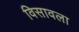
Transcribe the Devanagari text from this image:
विसावला